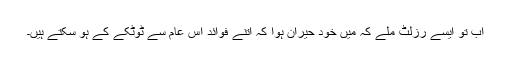
اب تو ایسے رزلٹ ملے کہ میں خود حیران ہوا کہ اتنے فوائد اس عام سے ٹوٹکے کے ہو سکتے ہیں۔